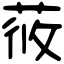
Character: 𦱿